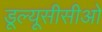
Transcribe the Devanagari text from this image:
डूल्यूसीसीओ